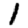
Digit: 1